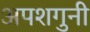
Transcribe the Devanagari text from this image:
अपशगुनी